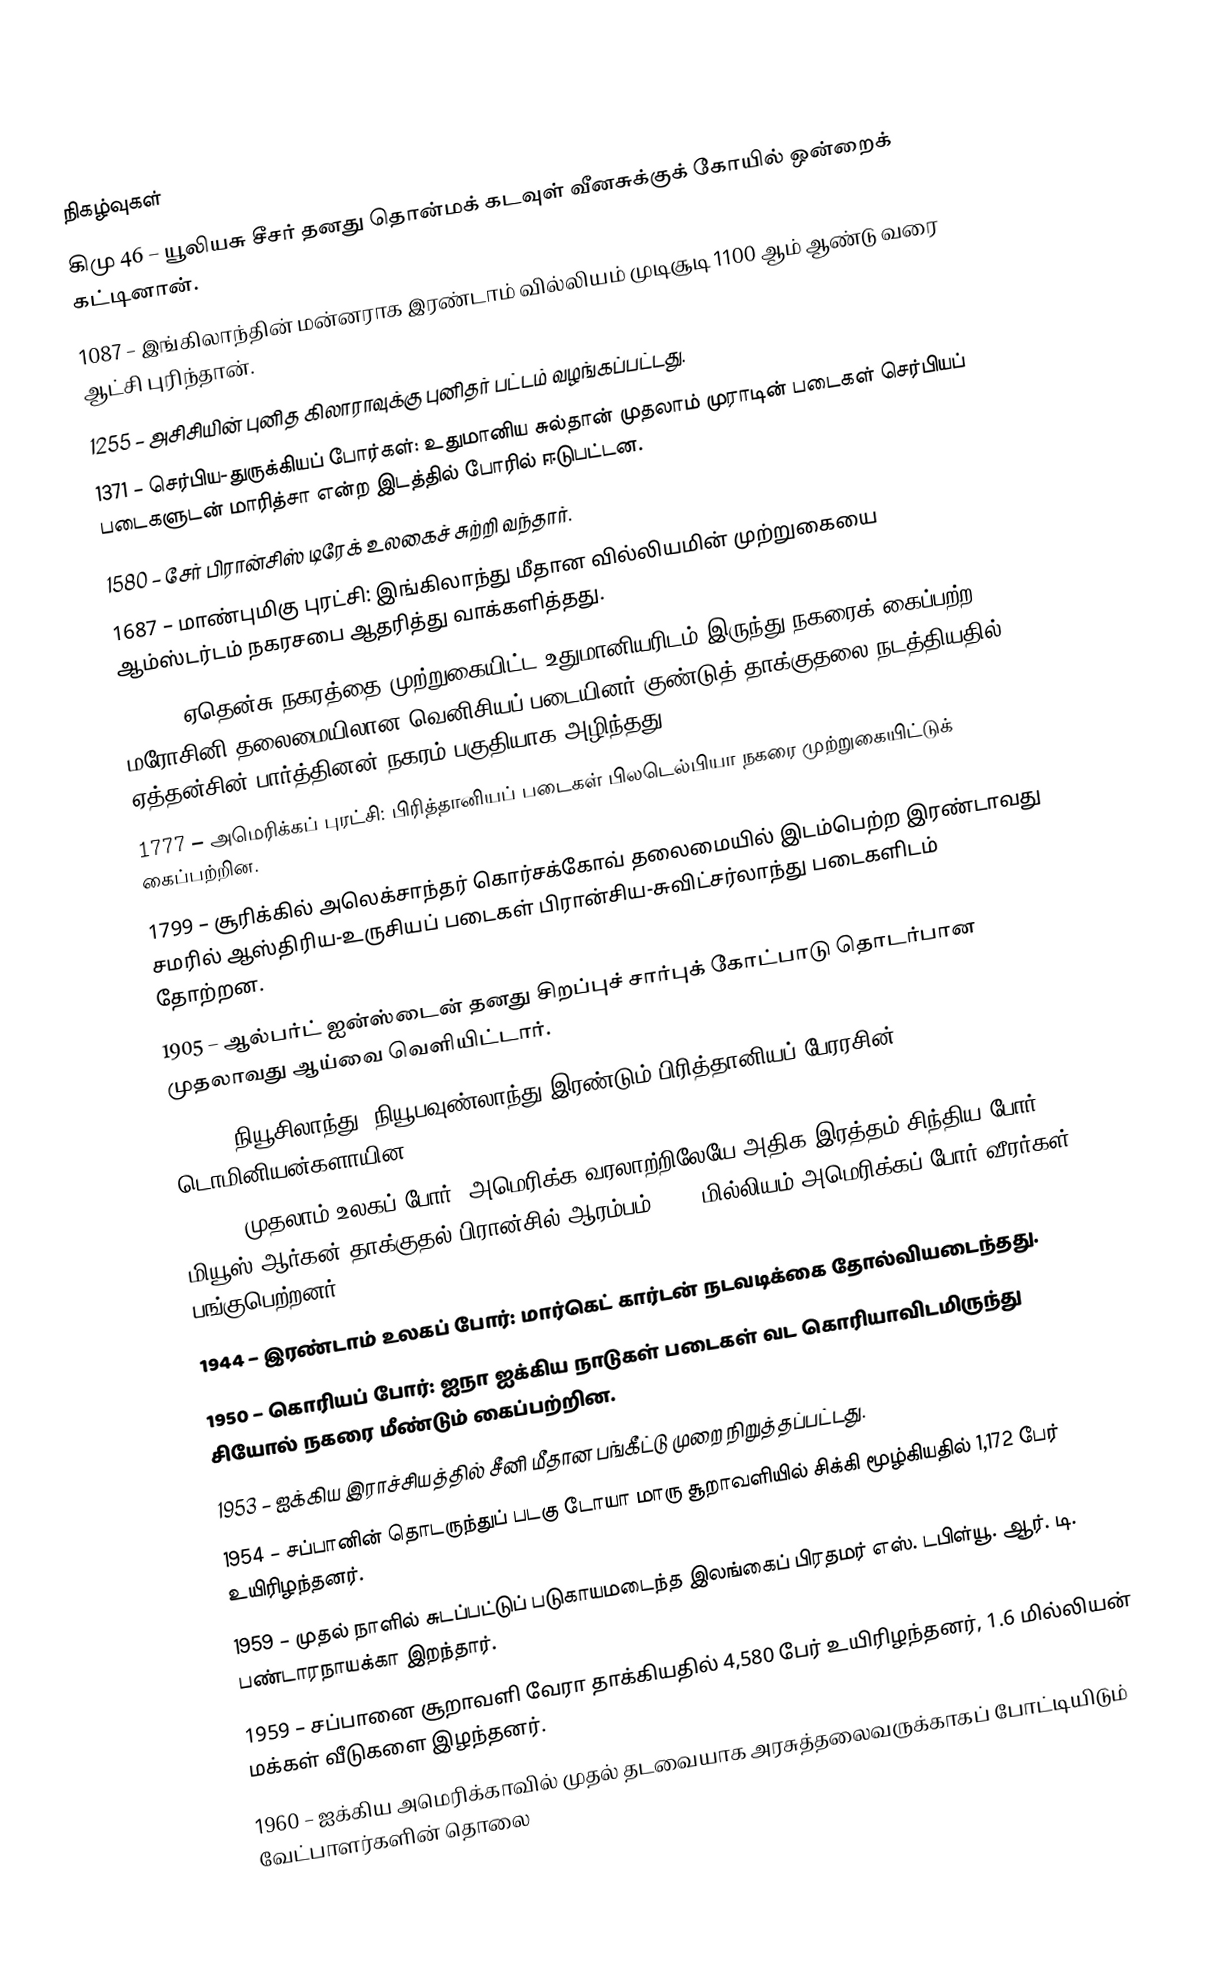

நிகழ்வுகள்
கிமு 46 – யூலியசு சீசர் தனது தொன்மக் கடவுள் வீனசுக்குக் கோயில் ஒன்றைக் கட்டினான்.
1087 – இங்கிலாந்தின் மன்னராக இரண்டாம் வில்லியம் முடிசூடி 1100 ஆம் ஆண்டு வரை ஆட்சி புரிந்தான்.
1255 – அசிசியின் புனித கிலாராவுக்கு புனிதர் பட்டம் வழங்கப்பட்டது.
1371 – செர்பிய-துருக்கியப் போர்கள்: உதுமானிய சுல்தான் முதலாம் முராடின் படைகள் செர்பியப் படைகளுடன் மாரித்சா என்ற இடத்தில் போரில் ஈடுபட்டன.
1580 – சேர் பிரான்சிஸ் டிரேக் உலகைச் சுற்றி வந்தார்.
1687 – மாண்புமிகு புரட்சி: இங்கிலாந்து மீதான வில்லியமின் முற்றுகையை ஆம்ஸ்டர்டம் நகரசபை ஆதரித்து வாக்களித்தது.
1687 – ஏதென்சு நகரத்தை முற்றுகையிட்ட உதுமானியரிடம் இருந்து நகரைக் கைப்பற்ற மரோசினி தலைமையிலான வெனிசியப் படையினர் குண்டுத் தாக்குதலை நடத்தியதில் ஏத்தன்சின் பார்த்தினன் நகரம் பகுதியாக அழிந்தது.
1777 – அமெரிக்கப் புரட்சி: பிரித்தானியப் படைகள் பிலடெல்பியா நகரை முற்றுகையிட்டுக் கைப்பற்றின.
1799 – சூரிக்கில் அலெக்சாந்தர் கொர்சக்கோவ் தலைமையில் இடம்பெற்ற இரண்டாவது சமரில் ஆஸ்திரிய-உருசியப் படைகள் பிரான்சிய-சுவிட்சர்லாந்து படைகளிடம் தோற்றன.
1905 – ஆல்பர்ட் ஐன்ஸ்டைன் தனது சிறப்புச் சார்புக் கோட்பாடு தொடர்பான முதலாவது ஆய்வை வெளியிட்டார்.
1907 – நியூசிலாந்து, நியூபவுண்லாந்து இரண்டும் பிரித்தானியப் பேரரசின் டொமினியன்களாயின.
1918 – முதலாம் உலகப் போர்: அமெரிக்க வரலாற்றிலேயே அதிக இரத்தம் சிந்திய போர் மியூஸ்-ஆர்கன் தாக்குதல் பிரான்சில் ஆரம்பம். 1.2 மில்லியம் அமெரிக்கப் போர் வீரர்கள் பங்குபெற்றனர்.
1944 – இரண்டாம் உலகப் போர்: மார்கெட் கார்டன் நடவடிக்கை தோல்வியடைந்தது.
1950 – கொரியப் போர்: ஐநா ஐக்கிய நாடுகள் படைகள் வட கொரியாவிடமிருந்து சியோல் நகரை மீண்டும் கைப்பற்றின.
1953 – ஐக்கிய இராச்சியத்தில் சீனி மீதான பங்கீட்டு முறை நிறுத்தப்பட்டது.
1954 – சப்பானின் தொடருந்துப் படகு டோயா மாரு சூறாவளியில் சிக்கி மூழ்கியதில் 1,172 பேர் உயிரிழந்தனர்.
1959 – முதல் நாளில் சுடப்பட்டுப் படுகாயமடைந்த இலங்கைப் பிரதமர் எஸ். டபிள்யூ. ஆர். டி. பண்டாரநாயக்கா இறந்தார்.
1959 – சப்பானை சூறாவளி வேரா தாக்கியதில் 4,580 பேர் உயிரிழந்தனர், 1.6 மில்லியன் மக்கள் வீடுகளை இழந்தனர்.
1960 – ஐக்கிய அமெரிக்காவில் முதல் தடவையாக அரசுத்தலைவருக்காகப் போட்டியிடும் வேட்பாளர்களின் தொலை